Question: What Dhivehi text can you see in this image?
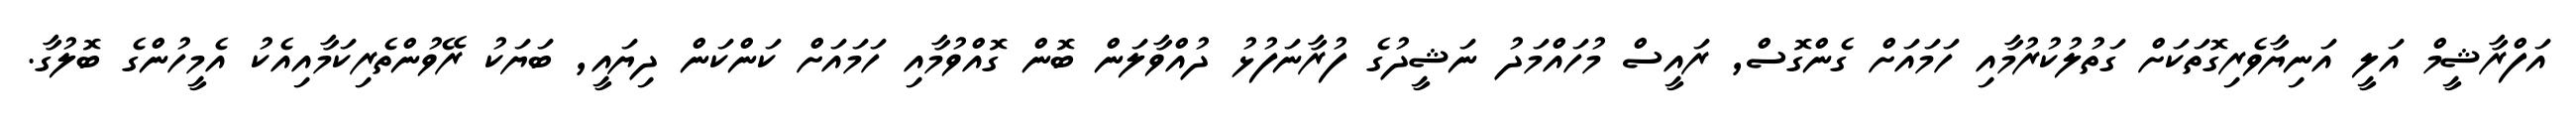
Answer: އަފްރާޝީމް އަލީ އަނިޔާވެރިގޮތަކަށް ގަތުލުކުރުމާއި ހަމައަށް ގެންގޮސް, ރައީސް މުހައްމަދު ނަޝީދުގެ ފުރާނަފުޅު ދުއްވާލަން ބޮން ގޮއްވުމާއި ހަމައަށް ކަންކަން ދިޔައީ, ބަޔަކު ރޭވުންތެރިކަމާއިއެކު އެމީހުންގެ ބޮލުގާ.